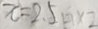
x = 2 . 5